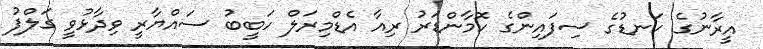
އީރާނުގެ ކަނޑުގެ ސިފައިންގެ ކޮމާންޑަރު ރިއާ އެޑްމިރަލް ހަބީބު ސައްޔާރީ ވިދާޅުވީ ގަލްފު